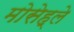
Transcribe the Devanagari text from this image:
मोसेह्ले